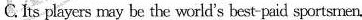
C. Its players may be the world's best-paid sportsmen.